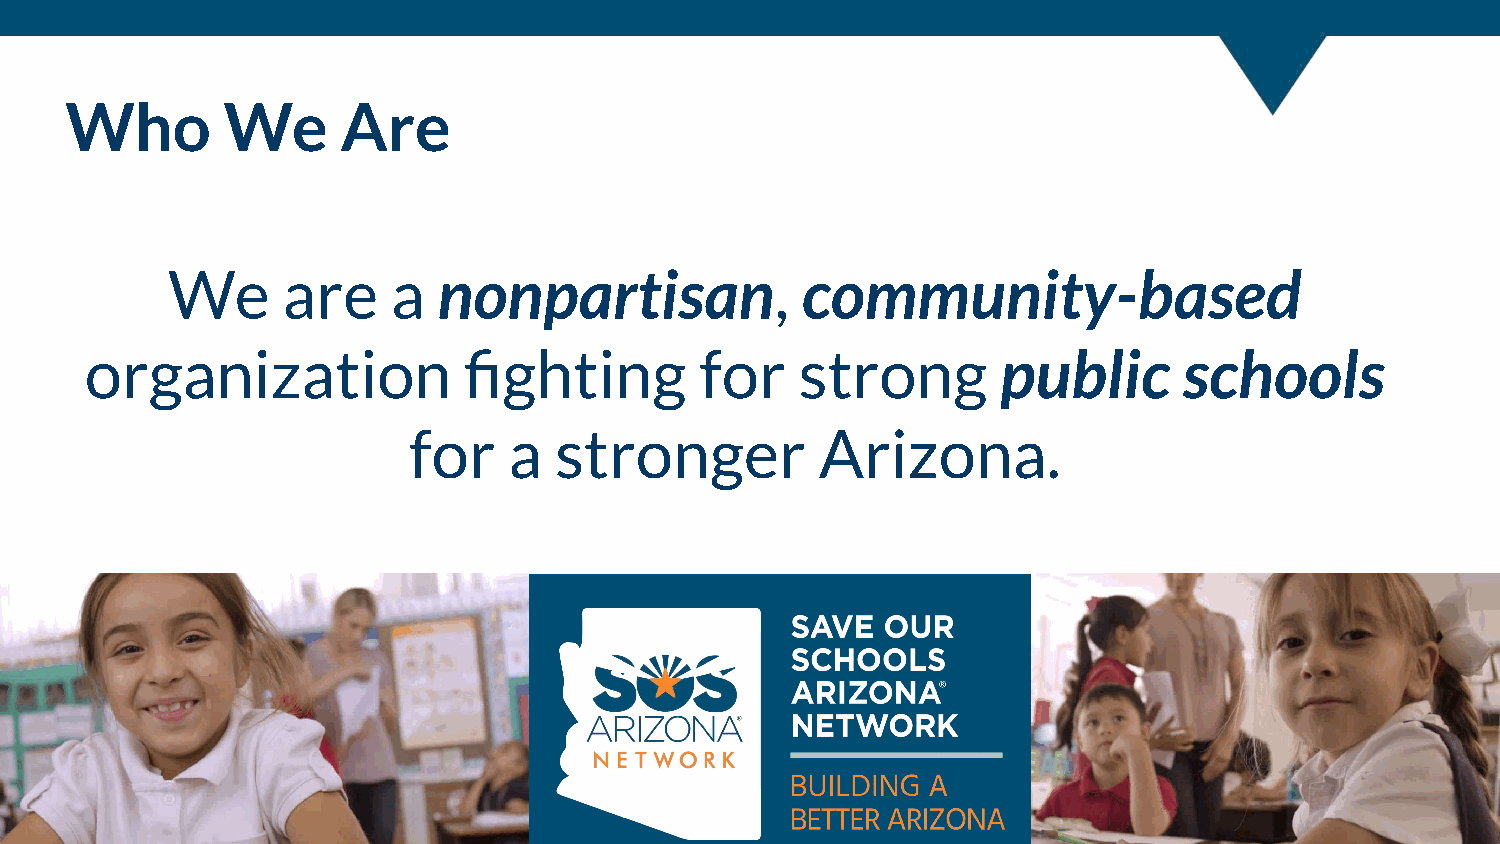
Who        We      Are
 We      are    a  nonpartisan,            community-based
 organization             fighting       for    strong       public      schools
 for    a  stronger         Arizona.